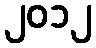
၂၀၁၂